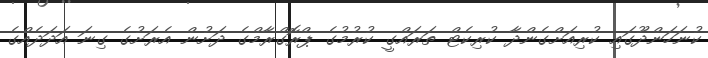
ކުނަހަންދޫގައި ކުރިއަށްގެންދާ ކުރިކެޓް ތަރައްގީ ކުރުމުގެ ޕްރޮގްރާމްގެ ދަށުން އެރަށުގެ ގިނަ އަދަދެއްގެ